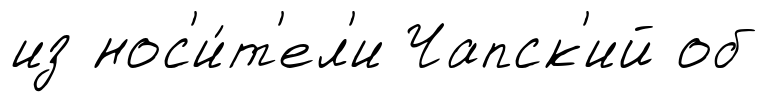
из нос'и́т'ел'и Чапск'ий об